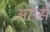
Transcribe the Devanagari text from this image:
आर्प्स